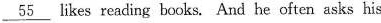
\underline{55} likes reading books. And he often asks his